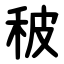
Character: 秛